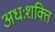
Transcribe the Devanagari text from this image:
अधःशक्ति